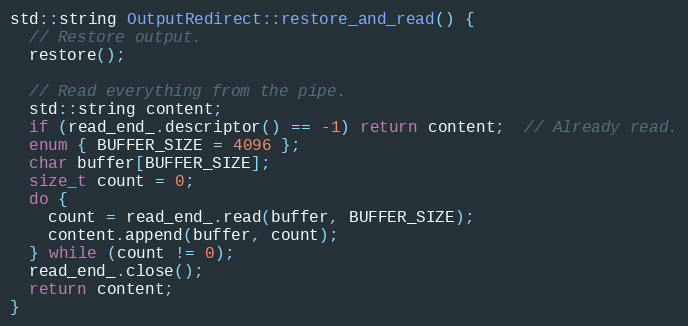
Language: C++
std::string OutputRedirect::restore_and_read() {
  // Restore output.
  restore();

  // Read everything from the pipe.
  std::string content;
  if (read_end_.descriptor() == -1) return content;  // Already read.
  enum { BUFFER_SIZE = 4096 };
  char buffer[BUFFER_SIZE];
  size_t count = 0;
  do {
    count = read_end_.read(buffer, BUFFER_SIZE);
    content.append(buffer, count);
  } while (count != 0);
  read_end_.close();
  return content;
}